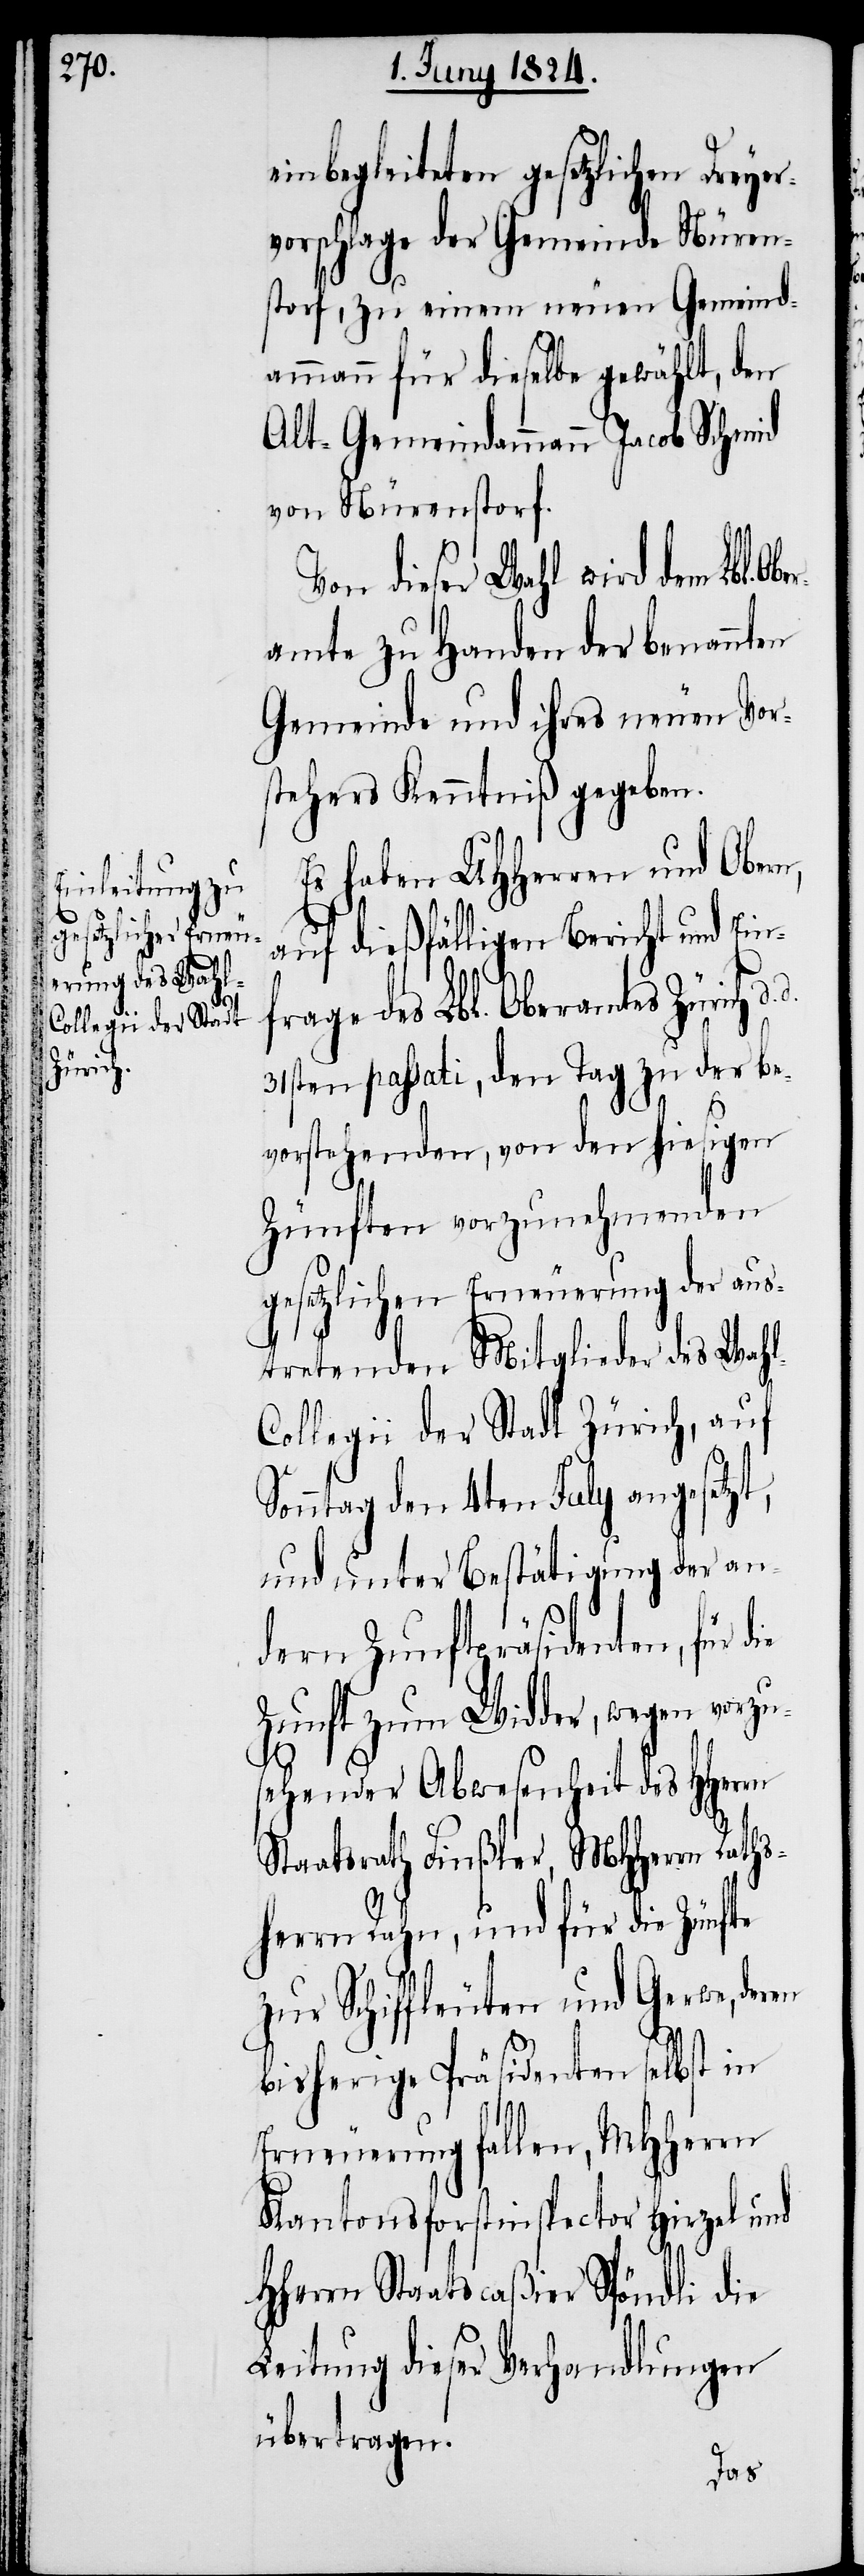
f¬
l-Collegii der Stadt
Zürich,

einbegleiteten gesetzlichen Dreye¬
rvorschlage der Gemeinde Nüren¬
storf, zu einem neuen Gemeind¬
ammann für dieselbe gewählt, den
Alt-Gemeindammann Jacob Schmid
von Nürenstorf.
Von dieser Wahl wird dem Lbl. O¬
amte zu Handen der benannten
Gemeinde und ihres neuen Vor¬
stehers Kenntniß gegeben.
Es haben UHHerren und Obern,
auf dießfälligen Bericht und Ein¬
rage des Lbl. Oberamtes Zürich
31sten passati, den Tag zu der be¬
vorstehenden, von den hiesigen
Zünften vorzunehmenden
gesetzlichen Erneuerung der aus¬
tretenden Mitglieder des Wah¬
Sonntag den 4ten July angesetzt,
und unter Bestätigung der an¬
dern Zunftpräsidenten, für
Zunft zum Widder, wegen vorzu¬
sehender Abwesenheit des HHerrn
Staatsrath Finßler, MHHerrn Raths¬
herrn Rahn, und für die Zünfte
zur Schiffleuten und Gerwe,
bisherige Präsidenten selbst in
Erneuerung fallen, MHHerrn
Kantonsinspector Hirzel und
HHerrn Staatscaßier Spöndli die
Leitung dieser Verhandlungen
übertragen.